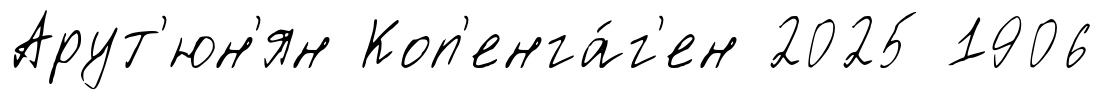
Арут'юн'ян Коп'енга́г'ен 2025 1906